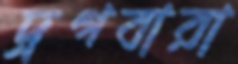
দ্রগবারা